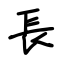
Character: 長